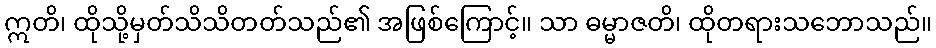
ဣတိ၊ ထိုသို့မှတ်သိသိတတ်သည်၏ အဖြစ်ကြောင့်။ သာ ဓမ္မာဇတိ၊ ထိုတရားသဘောသည်။